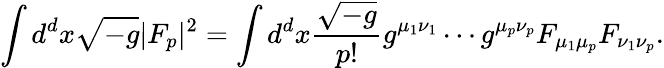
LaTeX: \int d^{d}x\sqrt{-g}|F_{p}|^{2}=\int d^{d}x{\frac{\sqrt{-g}}{p!}}g^{\mu_{1}\nu_{1}}\cdots g^{\mu_{p}\nu_{p}}F_{\mu_{1}\mu_{p}}F_{\nu_{1}\nu_{p}}.